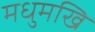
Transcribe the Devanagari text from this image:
मधुमखि